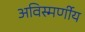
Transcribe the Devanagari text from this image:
अविस्मर्णीय